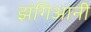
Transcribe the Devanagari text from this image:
झंगिआनी